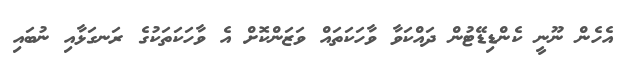
އެހެން ނޫނީ ކެންޑިޑޭޓުން ދައްކަވާ ވާހަކަތައް ވަޒަންކޮށް އެ ވާހަކަތަކުގެ ރަނގަޅާއި ނުބައި